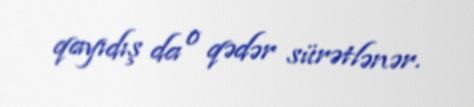
qayıdış da o qədər sürətlənər.